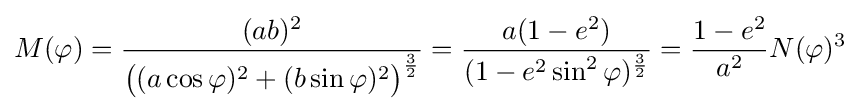
M(\varphi )={\frac {(ab)^{2}}{{\big (}(a\cos \varphi )^{2}+(b\sin \varphi )^{2}{\big )}^{\frac {3}{2}}}}={\frac {a(1-e^{2})}{(1-e^{2}\sin ^{2}\varphi )^{\frac {3}{2}}}}={\frac {1-e^{2}}{a^{2}}}N(\varphi )^{3}